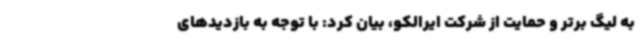
به لیگ برتر و حمایت از شرکت ایرالکو، بیان کرد: با توجه به بازدیدهای